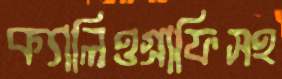
ক্যালিওগ্রাফিসহ